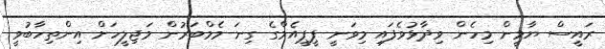
ރައީސް ޔާމީން މިހެން ވިދާޅުވެފައި މިވަނީ ޕީޕީއެމްގެ ގިނަ މެމްބަރުން މަޖިލީހަށް އިންތިހާބުވީ